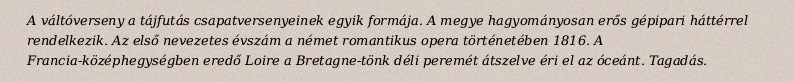
A váltóverseny a tájfutás csapatversenyeinek egyik formája. A megye hagyományosan erős gépipari háttérrel rendelkezik. Az első nevezetes évszám a német romantikus opera történetében 1816. A Francia-középhegységben eredő Loire a Bretagne-tönk déli peremét átszelve éri el az óceánt. Tagadás.